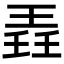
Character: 𬍲